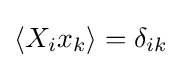
\langle X_{i}x_{k}\rangle =\delta _{ik}